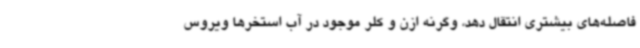
فاصله‌های بیشتری انتقال دهد، وگرنه ازن و کلر موجود در آب استخرها ویروس